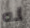
له